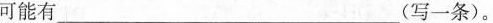
可能有 （写一条）。